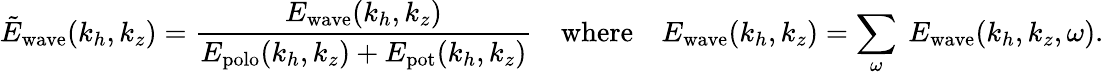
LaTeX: \tilde{E}_{\mathrm{wave}}(k_{h},k_{z})=\frac{E_{\mathrm{wave}}(k_{h},k_{z})}{E_{\mathrm{polo}}(k_{h},k_{z})+E_{\mathrm{pot}}(k_{h},k_{z})}~~~~\mathrm{where}~~~~E_{\mathrm{wave}}(k_{h},k_{z})=\sum_{\omega}~E_{\mathrm{wave}}(k_{h},k_{z},\omega).